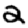
Digit: 2